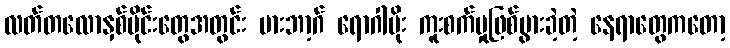
လတ်တလောနှစ်ပိုင်းတွေအတွင်း မားဘာ့ဂ် ရောဂါပိုး ကူးစက်မှုဖြစ်ပွားခဲ့တဲ့ နေရာတွေကတော့